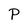
Character: P